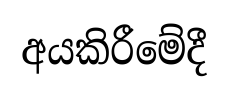
අයකිරීමේදී